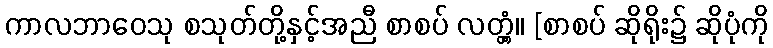
ကာလဘာဝေသု စသုတ်တို့နှင့်အညီ စာစပ် လတ္တံ့။ [စာစပ် ဆိုရိုး၌ ဆိုပုံကို